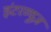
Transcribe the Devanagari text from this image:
इंटरव्यूज़